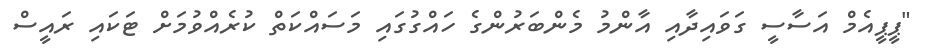
"ޕީޕީއެމް އަސާސީ ގަވައިދާއި އާންމު މެންބަރުންގެ ހައްގުގައި މަސައްކަތް ކުރެއްވުމަށް ޓަކައި ރައީސް